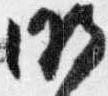
明